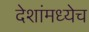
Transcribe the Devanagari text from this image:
देशांमध्येच